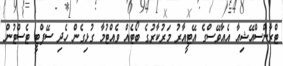
ޓްރާންސްއޭޝިއާ އެއާވޭސްގެ އޭޓީއާރު މަރުކާރުގެ ބޯޓެއް ވެއްޓުމާ ގުޅިގެން ހެދި ސޭފްޓީ ޓެސްޓުންް